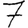
Digit: 7